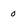
Character: o